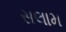
સલામ